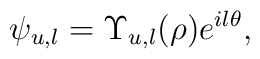
\psi_{u,l} = \Upsilon_{u,l}(\rho)e^{il\theta},